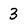
Character: 3